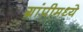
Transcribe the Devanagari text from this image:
ग्रांप्रीमध्ये